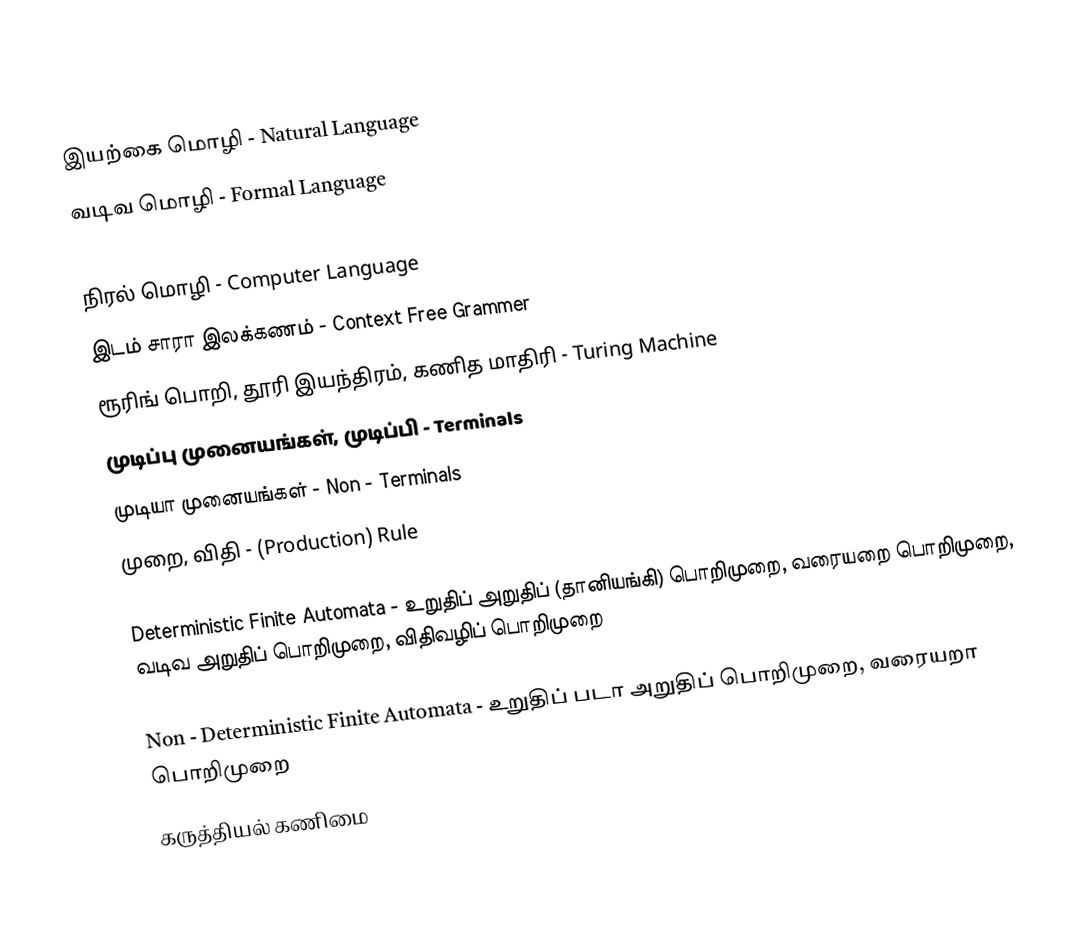
இயற்கை மொழி - Natural Language
 வடிவ மொழி - Formal Language
 Regular Language
 நிரல் மொழி - Computer Language
 இடம் சாரா இலக்கணம் - Context Free Grammer
 ரூரிங் பொறி, தூரி இயந்திரம், கணித மாதிரி - Turing Machine
 முடிப்பு முனையங்கள், முடிப்பி - Terminals
 முடியா முனையங்கள் - Non - Terminals
 முறை, விதி - (Production) Rule

 Deterministic Finite Automata - உறுதிப் அறுதிப் (தானியங்கி) பொறிமுறை, வரையறை பொறிமுறை, வடிவ அறுதிப் பொறிமுறை, விதிவழிப் பொறிமுறை

 Non - Deterministic Finite Automata - உறுதிப் படா அறுதிப் பொறிமுறை, வரையறா பொறிமுறை
கருத்தியல் கணிமை